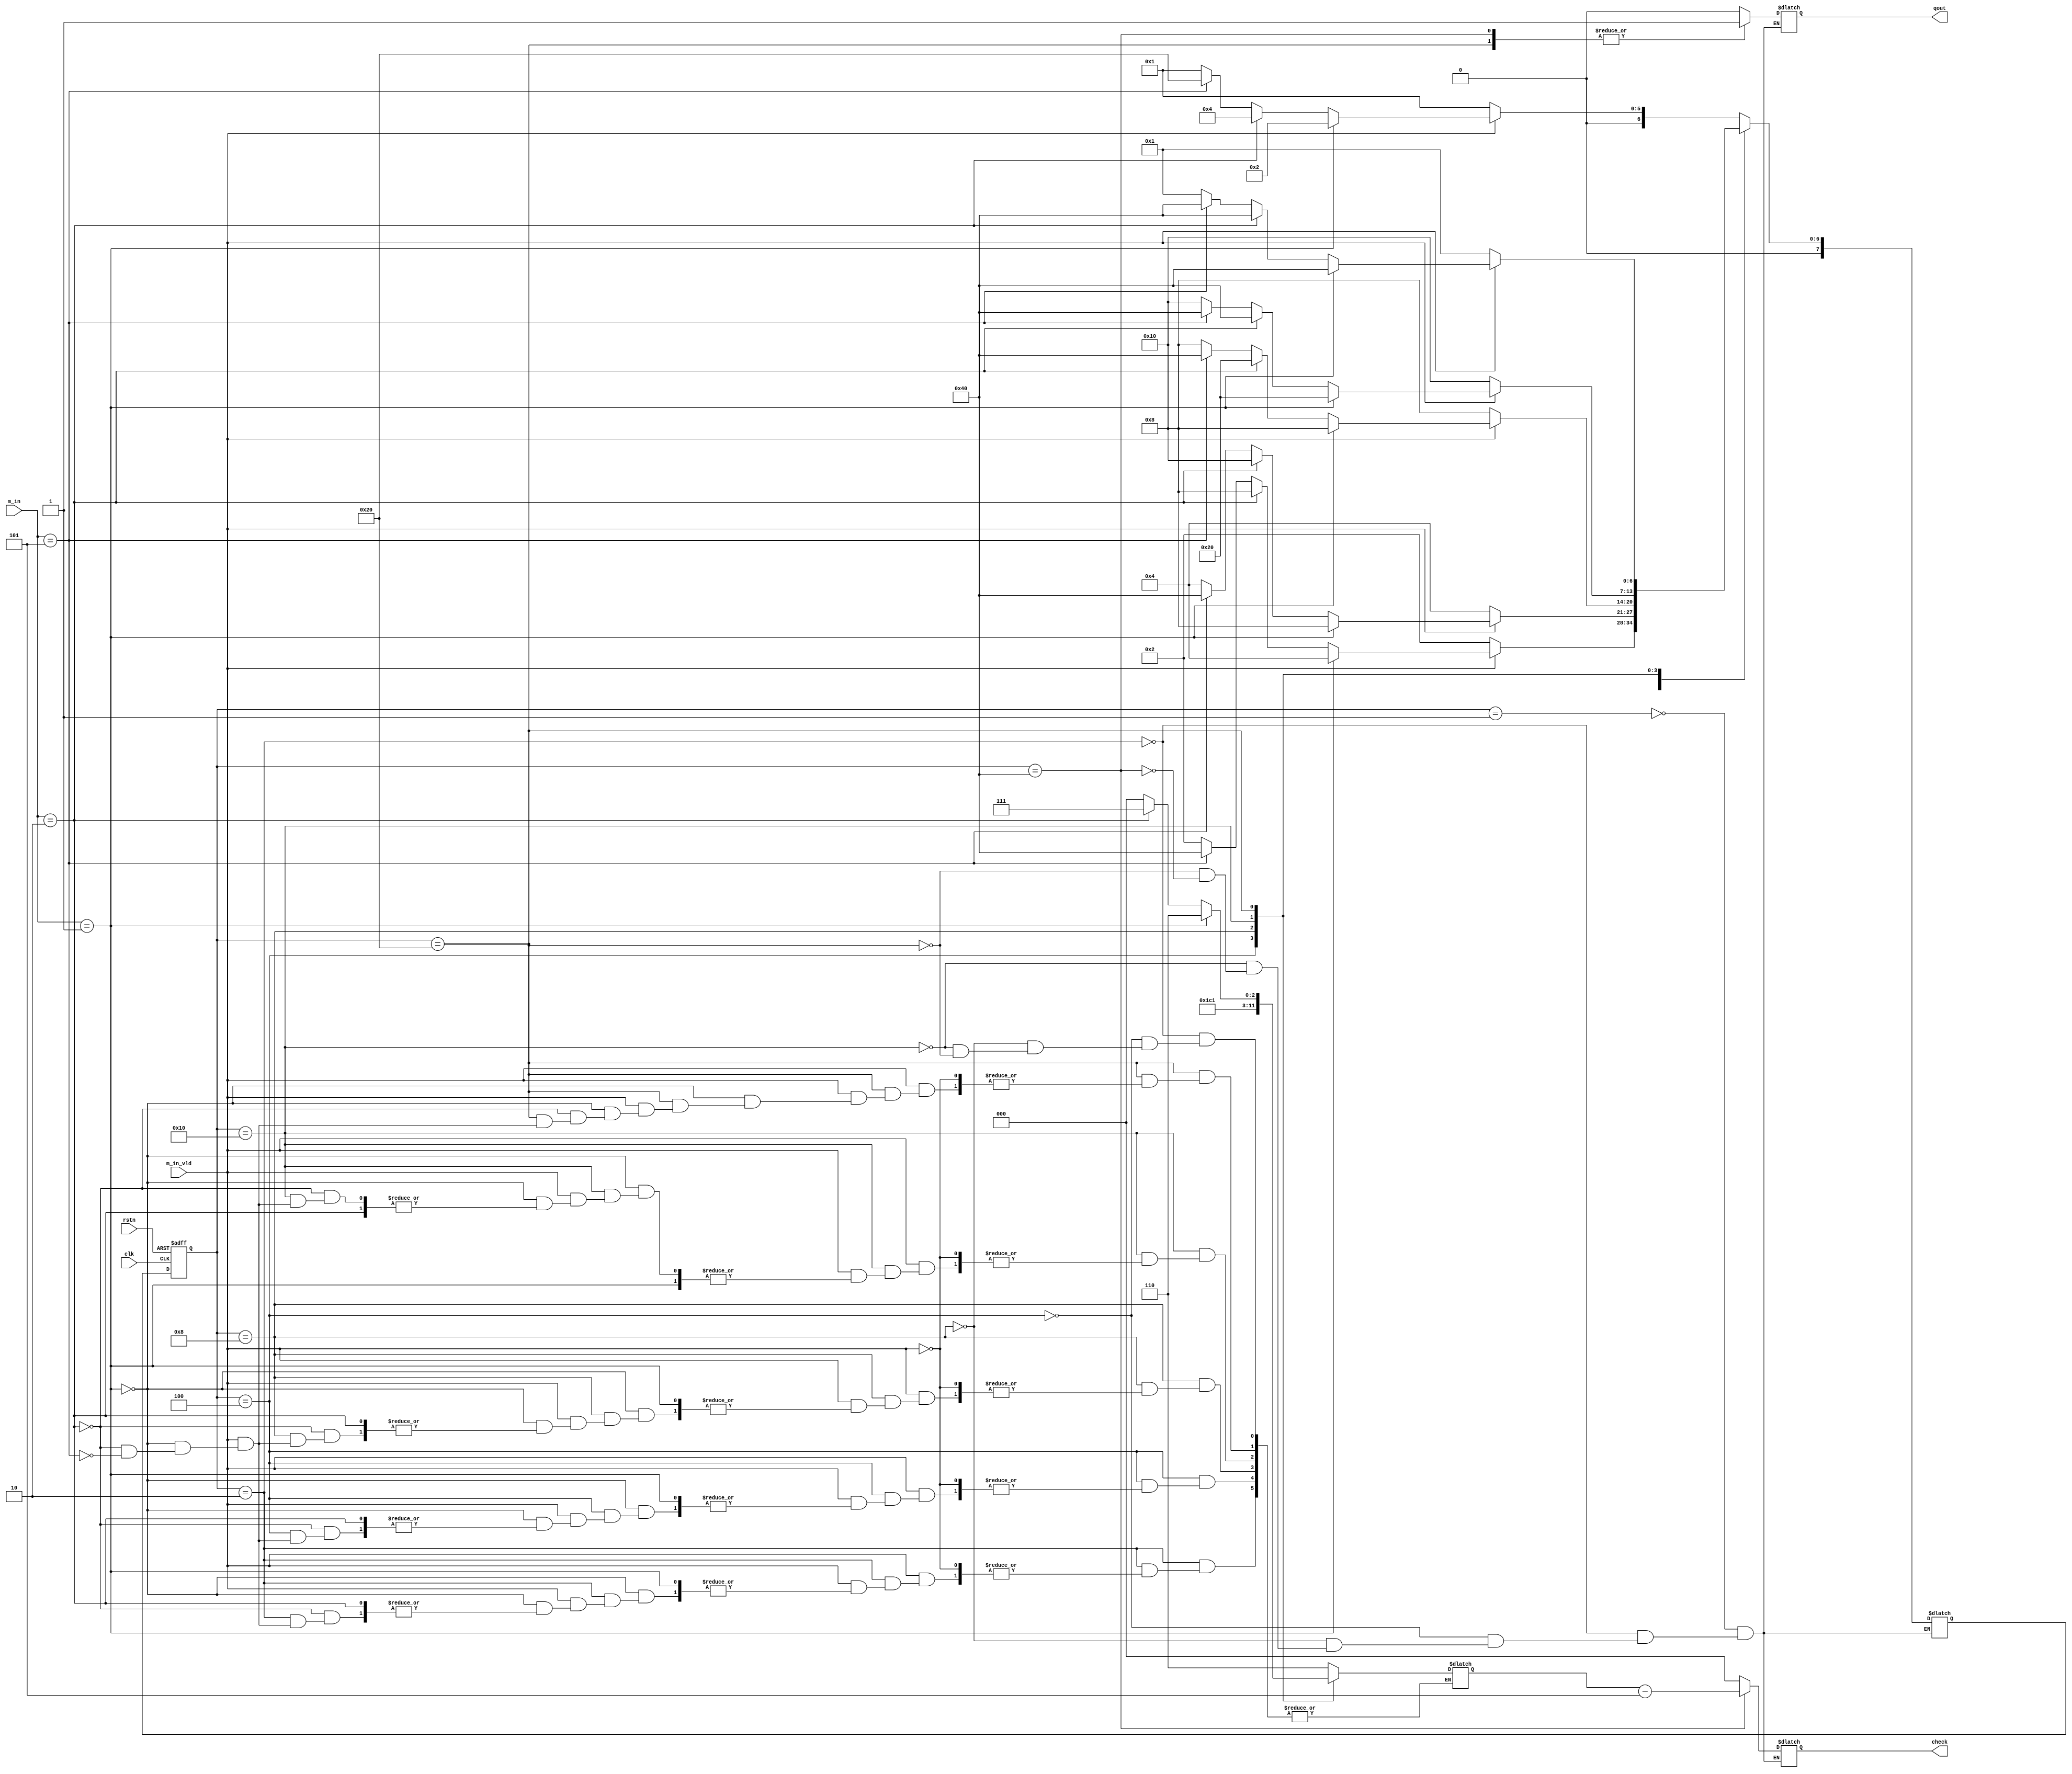
module   fsm_papsel(
	clk,
	rstn,
	m_in,
	m_in_vld,
	qout,
	check
);

	input		 						clk, rstn;
	input	[2:0]					m_in;  		//
	input								m_in_vld;   // 1b1clk
	output							qout;		  // 1b1 
	output	[2:0]				check;		  // 	 	


	parameter IDLE=	8'b00000001;
	parameter M_1=	8'b00000010;	
	parameter M_2=	8'b00000100;	
	parameter M_3=	8'b00001000;	
	parameter M_4=	8'b00010000;	
	parameter M_5=	8'b00100000;	
	parameter CHECKOUT=8'b01000000;	

	reg qout;
	reg [2:0] check;
	reg [7:0] current_stat;
	reg [7:0] next_stat;
	reg [3:0] money;



	always @(posedge clk or negedge rstn) begin
		if (!rstn) begin
			current_stat=IDLE;
		end
		else  begin
			current_stat<=next_stat;
		end
	end

	always @(*)
	begin
		case(current_stat)
		IDLE:
			begin
				if(m_in_vld)
				begin
					if(m_in==3'h1)
						next_stat=M_1;
					else if(m_in==3'h2)
						next_stat=M_2;
					else if(m_in==3'h5)
						next_stat=M_5;
					else
						next_stat=IDLE;
				end
				else if(m_in_vld==1'b0)
				begin
					next_stat=IDLE;
				end
			end
		M_1:
			begin
				if(m_in_vld)
				begin
					if(m_in==3'h1)
						next_stat=M_2;
					else if(m_in==3'h2)
						next_stat=M_3;
					else if(m_in==3'h5)
					begin
						next_stat=CHECKOUT;
						money=4'h6;
					end
					else
						next_stat=M_1;
				end
				else if(m_in_vld==1'b0)
				begin
					next_stat=M_1;
				end
			end	
		M_2:
			begin
				if(m_in_vld)
				begin
					if(m_in==3'h1)
						next_stat=M_3;
					else if(m_in==3'h2)
						next_stat=M_4;
					else if(m_in==3'h5)
					begin
						next_stat=CHECKOUT;
						money=4'h7;
					end
					else
						next_stat=M_2;
				end
				else if(m_in_vld==1'b0)
				begin
					next_stat=M_2;
				end
			end		
		M_3:
			begin
				if(m_in_vld)
				begin
					if(m_in==3'h1)
						next_stat=M_4;
					else if(m_in==3'h2)
						next_stat=M_5;
					else if(m_in==3'h5)
					begin
						next_stat=CHECKOUT;
						money=4'h8;
					end
					else
						next_stat=M_3;
				end
				else if(m_in_vld==1'b0)
				begin
					next_stat=M_3;
				end
			end	
		M_4:
			begin
				if(m_in_vld)
				begin
					if(m_in==3'h1)
						next_stat=M_5;
					else if(m_in==3'h2)
						next_stat=CHECKOUT;
					else if(m_in==3'h5)
					begin
						next_stat=CHECKOUT;
						money=4'h9;
					end
					else
						next_stat=M_4;
				end
				else if(m_in_vld==1'b0)
				begin
					next_stat=M_4;
				end
			end		
		M_5:
			begin
				if(m_in_vld)
				begin
					if(m_in==3'h1)
					begin
						next_stat=CHECKOUT;
						money=4'h6;
					end
					else if(m_in==3'h2)
					begin
						next_stat=CHECKOUT;
						money=4'h7;
					end
					else if(m_in==3'h5)
					begin
						next_stat=CHECKOUT;
						money=4'h10;
					end
					else
						next_stat=IDLE;
				end
				else if(m_in_vld==1'b0)
				begin
					next_stat=IDLE;
				end
			end	
		CHECKOUT:
			begin
				if(m_in_vld)
				begin
					if(m_in==3'h1)
						next_stat=M_1;
					else if(m_in==3'h2)
						next_stat=M_2;
					else if(m_in==3'h5)
						next_stat=M_5;
					else
						next_stat=IDLE;
				end
				else if(m_in_vld==1'b0)
				begin
					next_stat=IDLE;
				end
			end	
		endcase
	end

	always @(*)
	begin
		case(current_stat)
			IDLE:
				begin
					qout=1'b0;
					check=3'h0;
				end

			M_1:
				begin
					qout=1'b0;
					check=3'h0;
				end

			M_2:
				begin
					qout=1'b0;
					check=3'h0;
				end

			M_3:
				begin
					qout=1'b0;
					check=3'h0;
				end
			M_4:
				begin
					qout=1'b0;
					check=3'h0;
				end
			M_5:
				begin
					qout=1'b1;
					check=3'h0;
				end
			CHECKOUT:
				begin
					qout=1'b1;
					check=money-4'h5;

				end
		endcase
	end

endmodule